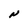
Character: N